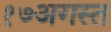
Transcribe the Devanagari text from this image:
१७अगस्त